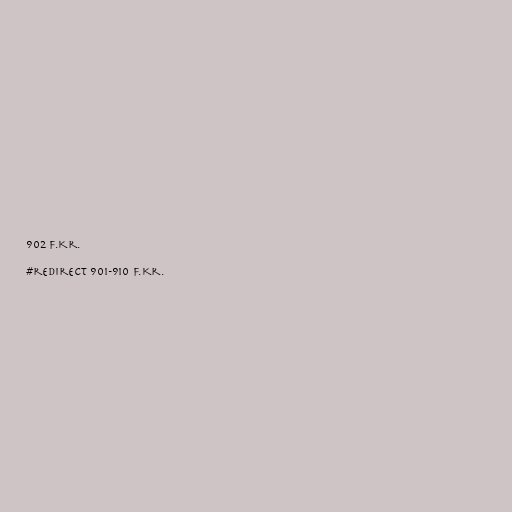
902 f.Kr.

#redirect 901-910 f.Kr.